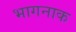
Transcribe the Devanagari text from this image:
भागनाक